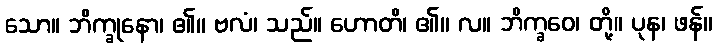
သော။ ဘိက္ခုနော၊ ၏။ ဗလံ၊ သည်။ ဟောတိ၊ ၏။ လ။ ဘိက္ခဝေ၊ တို့။ ပုန၊ ဖန်။